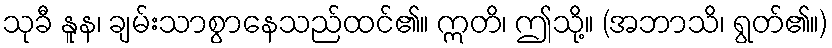
သုခီ နူန၊ ချမ်းသာစွာနေသည်ထင်၏။ ဣတိ၊ ဤသို့။ (အဘာသိ၊ ရွတ်၏။)